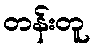
တန်းတူ